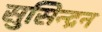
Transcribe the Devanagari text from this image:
सुसिन्द्रन